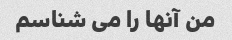
من آنها را می شناسم